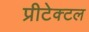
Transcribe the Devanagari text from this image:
प्रीटेक्टल